Code of medical and sanitary regulations for the guidance of medical officers serving in the Madras Presidency - Volume I
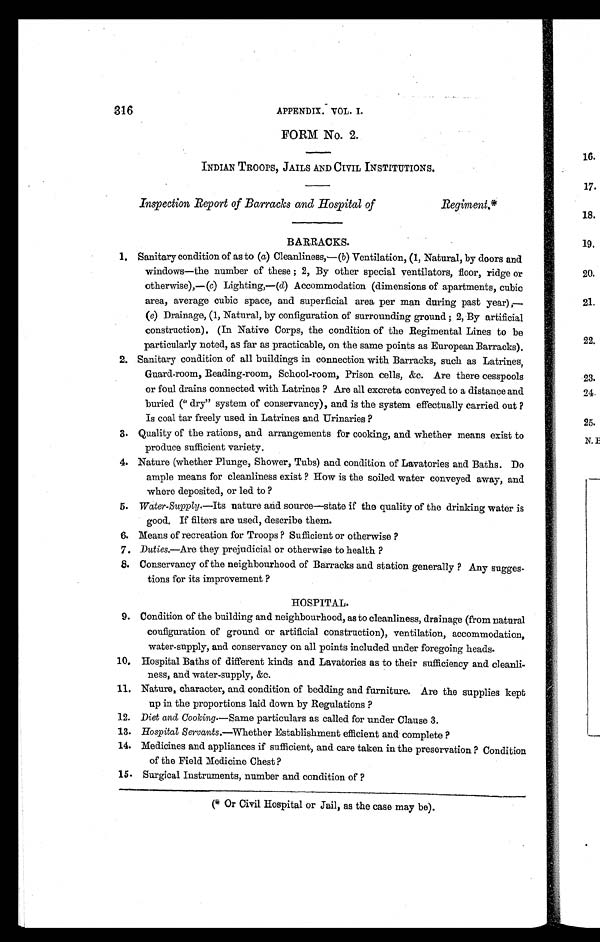
APPENDIX. VOL. I.
FORM No. 2.
INDIAN TROOPS, JAILS AND CIVIL INSTITUTIONS.
Inspection Report of Barracks and Hospital of
Regiment.*
BARRACKS.
1 . S a n i t a r y c o n d i t i o n o f a s t o ( a ) C l e a n l i n e s s , — (
b ) V e n t i l a t i o n , ( 1 , N a t u r a l , b y d o o r s a n d
windows—the number of these; 2, By other special ventilators, floor, ridge or
otherwise),—(c ) L i g h t i n g , — (
d ) A c c o m m o d a t i o n ( d i m e n s i o n s o f a p a r t m e n t s , c u b i c
area, average cubic space, and superficial area per man during past year),
— (
e ) D r a i n a g e , ( 1 , N a t u r a l , b y c o n f i g u r a t i o n o f s u r r o u n d i n g g r o u n d ; 2 , B y a r t i f i c i a l
construction). (In Native Corps, the condition of the Regimental Lines to be
particularly noted, as far as practicable, on the same points as European Barracks).
2. Sanitary condition of all buildings in connection with Barracks, such as Latrines,
Guard-room, Reading-room, School-room, Prison cells, &c. Are there cesspools
or foul drains connected with Latrines? Are all excreta conveyed to a distance and
buried ("dry" system of conservancy), and is the system effectually carried out?
Is coal tar freely used in Latrines and Urinaries?
3. Quality of the rations, and arrangements for cooking, and whether means exist to
produce sufficient variety.
4. Nature (whether Plunge, Shower, Tubs) and condition of Lavatories and Baths. Do
ample means for cleanliness exist? How is the soiled water conveyed away, and
where deposited, or led to?
5. Water-Supply.—Its nature and source—state if the quality of the drinking water is
good. If filters are used, describe them.
6. Means of recreation for Troops? Sufficient or otherwise?
7. Duties.—Are they prejudicial or otherwise to health?
8. Conservancy of the neighbourhood of Barracks and station generally? Any sugges-
tions for its improvement?
HOSPITAL.
9. Condition of the building and neighbourhood, as to cleanliness, drainage (from natural
configuration of ground or artificial construction), ventilation, accommodation,
water-supply, and conservancy on all points included under foregoing heads.
10.Hospital Baths of different kinds and Lavatories as to their sufficiency and cleanli-
ness, and water-supply, &c.
11.Nature, character, and condition of bedding and furniture. Are the supplies kept
up in the proportions laid down by Regulations?
12.Diet and Cooking.—Same particulars as called for under Clause 3.
13.Hospital Servants.— Whether Establishment efficient and complete?
14.Medicines and appliances if sufficient, and care taken in the preservation? Condition
of the Field Medicine Chest?
15. Surgical Instruments, number and condition of?
(* Or Civil Hospital or Jail, as the case may be).